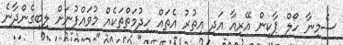
ސެމިނާ ހޯލް ޕާކިން އޭރިއާ އަދި އިތުރު އެތައް ހިދުމަތްތަކެއް މުވައްފުނަށް ލިބިގެންދާނެ